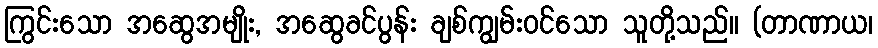
ကြွင်းသော အဆွေအမျိုး, အဆွေခင်ပွန်း ချစ်ကျွမ်းဝင်သော သူတို့သည်။ (တာဏာယ၊